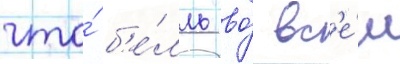
что́ б'е́лль во́ вс'е́м